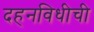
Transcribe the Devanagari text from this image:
दहनविधीची